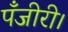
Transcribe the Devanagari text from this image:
पँजीरी।